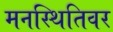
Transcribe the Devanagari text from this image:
मनस्थितिवर